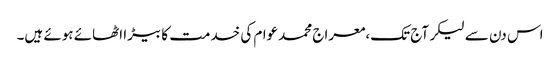
اس دن سے لیکر آج تک،معراج محمدعوام کی خدمت کا بیڑا اٹھائے ہوئے ہیں۔